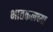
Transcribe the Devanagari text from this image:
भातकलच्या